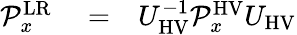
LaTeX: \begin{array}{rlr}{\mathcal{P}_{x}^{\mathrm{LR}}}&{{}=}&{U_{\mathrm{HV}}^{-1}\mathcal{P}_{x}^{\mathrm{HV}}U_{\mathrm{HV}}}\end{array}